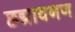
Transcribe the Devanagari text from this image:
छद्मावनण